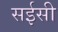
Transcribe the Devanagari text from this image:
सईसी